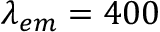
\lambda _ { e m } = 4 0 0